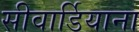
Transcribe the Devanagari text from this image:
सीवार्डियाना